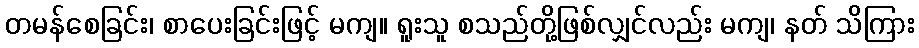
တမန်စေခြင်း၊ စာပေးခြင်းဖြင့် မကျ။ ရူးသူ စသည်တို့ဖြစ်လျှင်လည်း မကျ၊ နတ် သိကြား